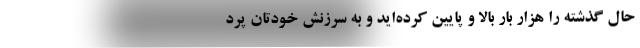
حال گذشته را هزار بار بالا و پایین کرده‌اید و به سرزنش خودتان پرد